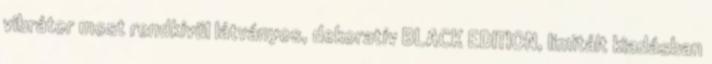
vibrátor most rendkívül látványos, dekoratív BLACK EDITION, limitált kiadásban